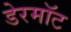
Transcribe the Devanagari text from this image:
डेरमॉट